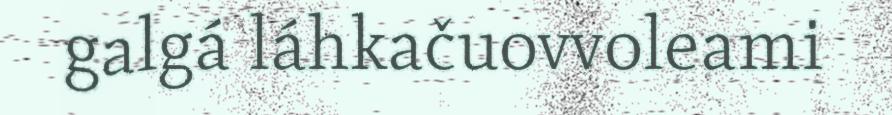
galgá láhkačuovvoleami